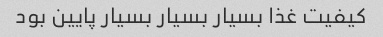
کیفیت غذا بسیار بسیار بسیار پایین بود